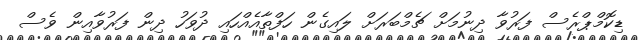
ޑިކޮމްޕްރެސް ފަރުވާ ދިނުމަށް ޗެމްބަރަށް ލައިގެން ހަފްތާއެއްހައި ދުވަހު ދިން ފަރުވާއިން ވެސް